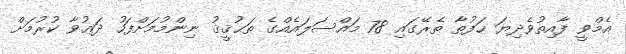
އެމްވީ ފާއިތުވެދިޔަ ހަފުތާ ތެރޭގައި 78 މައްސަލައެއްގެ ތަޙުޤީޤު ނިންމުމަށްފަހު ދަޢުވާ ކުރުމަށް